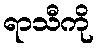
ရာသီကို